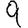
Digit: 9